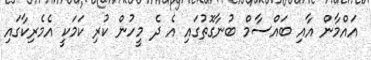
އައްމާން އާއި ބައްސާމް ބުނާގޮތުގައި އެ ދެ މީހުން ކުރި ކަމަކީ އެމެރިކާގައި